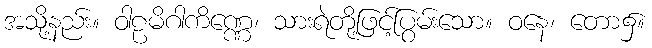
အသို့နည်း။ ဝါဠမိဂါကိဏ္ဏေ၊ သားရဲတို့ဖြင့်ပြွမ်းသော။ ဝနေ၊ တော၌။